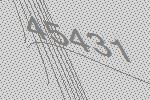
45431